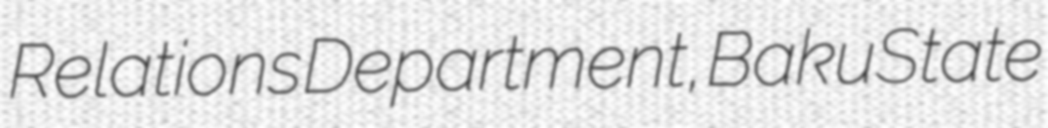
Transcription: Relations Department, Baku State